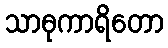
သာဓုကာရိတော